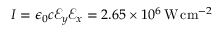
I = \epsilon _ { 0 } c \mathcal { E } _ { y } \mathcal { E } _ { x } = 2 . 6 5 \times 1 0 ^ { 6 } \, \mathrm { W } \, \mathrm { c m } ^ { - 2 }